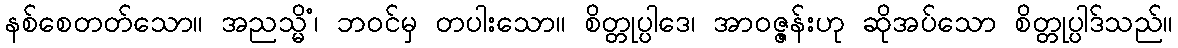
နစ်စေတတ်သော။ အညသ္မိံ၊ ဘဝင်မှ တပါးသော။ စိတ္တုပ္ပါဒေ၊ အာဝဇ္ဇန်းဟု ဆိုအပ်သော စိတ္တုပ္ပါဒ်သည်။